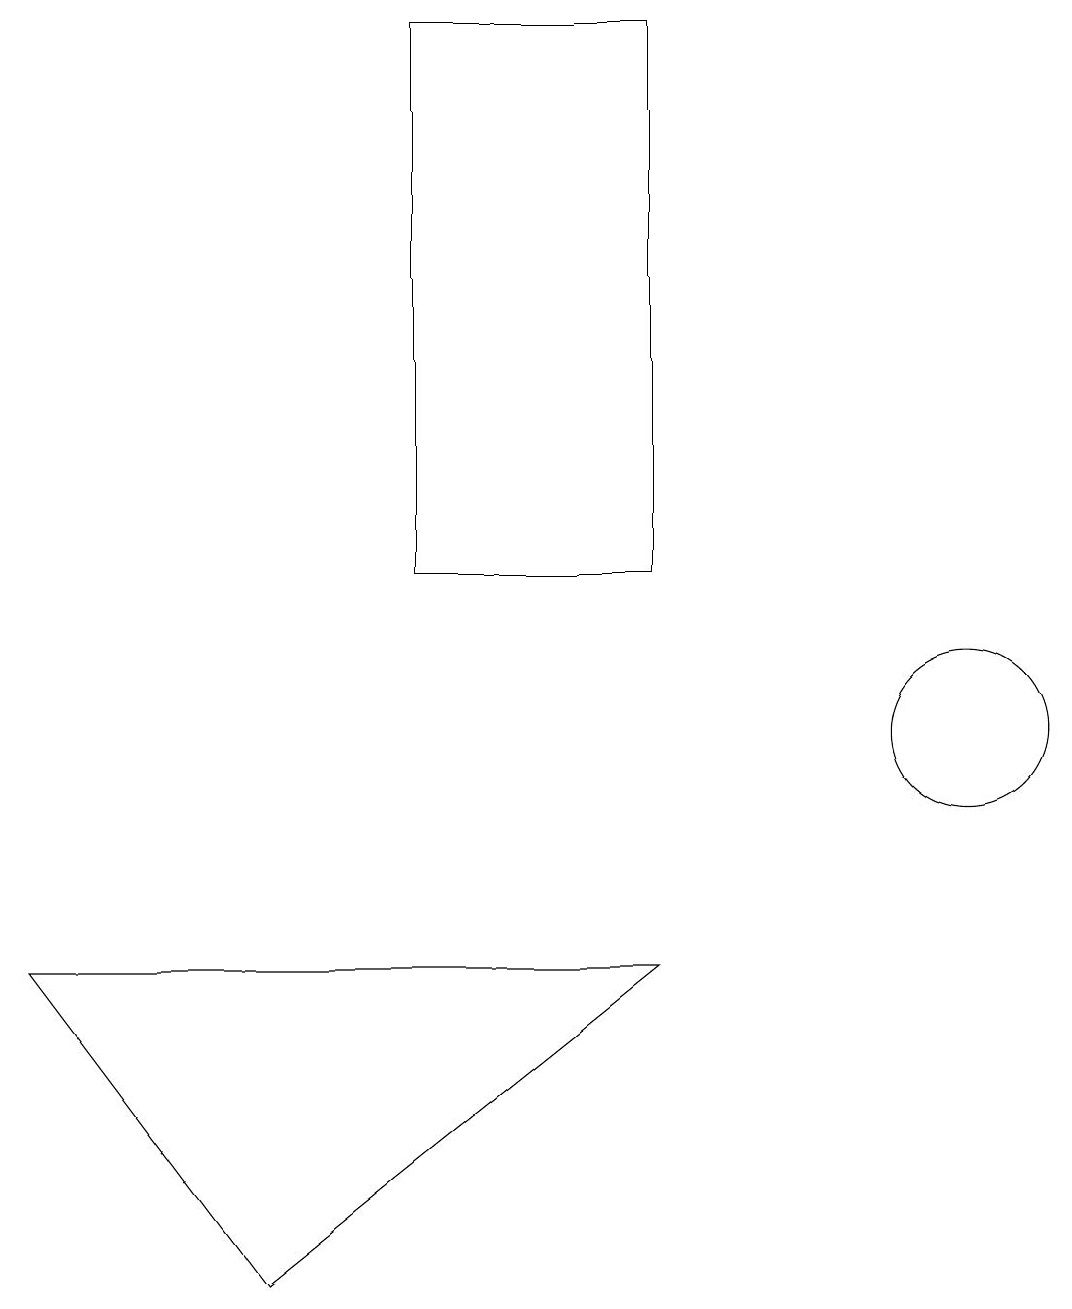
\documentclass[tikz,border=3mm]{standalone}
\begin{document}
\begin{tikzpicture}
\draw (5,19) rectangle (8,12);
\draw (8,7) -- (0,7) -- (3,3) -- cycle;
\draw (12,10) circle (1);
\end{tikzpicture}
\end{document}